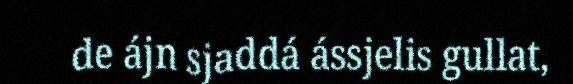
de ájn sjaddá ássjelis gullat,